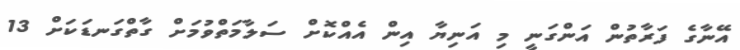
އޭނާގެ ފަރާތުން އަންގަނީ މި އަނިޔާ އިން އެއްކޮށް ސަލާމަތްވުމަށް ގާތްގަނޑަކަށް 13